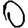
Digit: 0